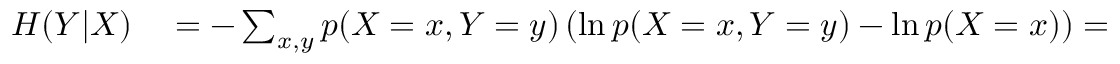
\begin{array} { r l } { H ( Y | X ) } & { { } = - \sum _ { x , y } p ( X = x , Y = y ) \left( \ln p ( X = x , Y = y ) - \ln p ( X = x ) \right) = } \end{array}